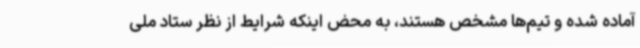
آماده شده و تیم‌ها مشخص هستند، به محض اینکه شرایط از نظر ستاد ملی